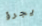
يجرؤ